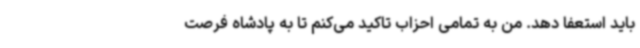
باید استعفا دهد. من به تمامی احزاب تاکید می‌کنم تا به پادشاه فرصت